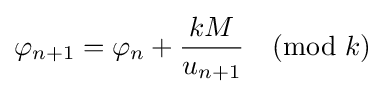
\varphi _{n+1}=\varphi _{n}+{\frac {kM}{u_{n+1}}}{\pmod {k}}